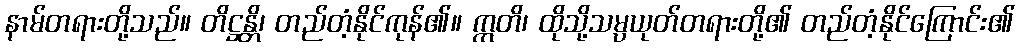
နာမ်တရားတို့သည်။ တိဋ္ဌန္တိ၊ တည်တံ့နိုင်ကုန်၏။ ဣတိ၊ ထိုသို့သမ္ပယုတ်တရားတို့၏ တည်တံ့နိုင်ကြောင်း၏